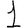
Digit: 1